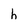
Character: h